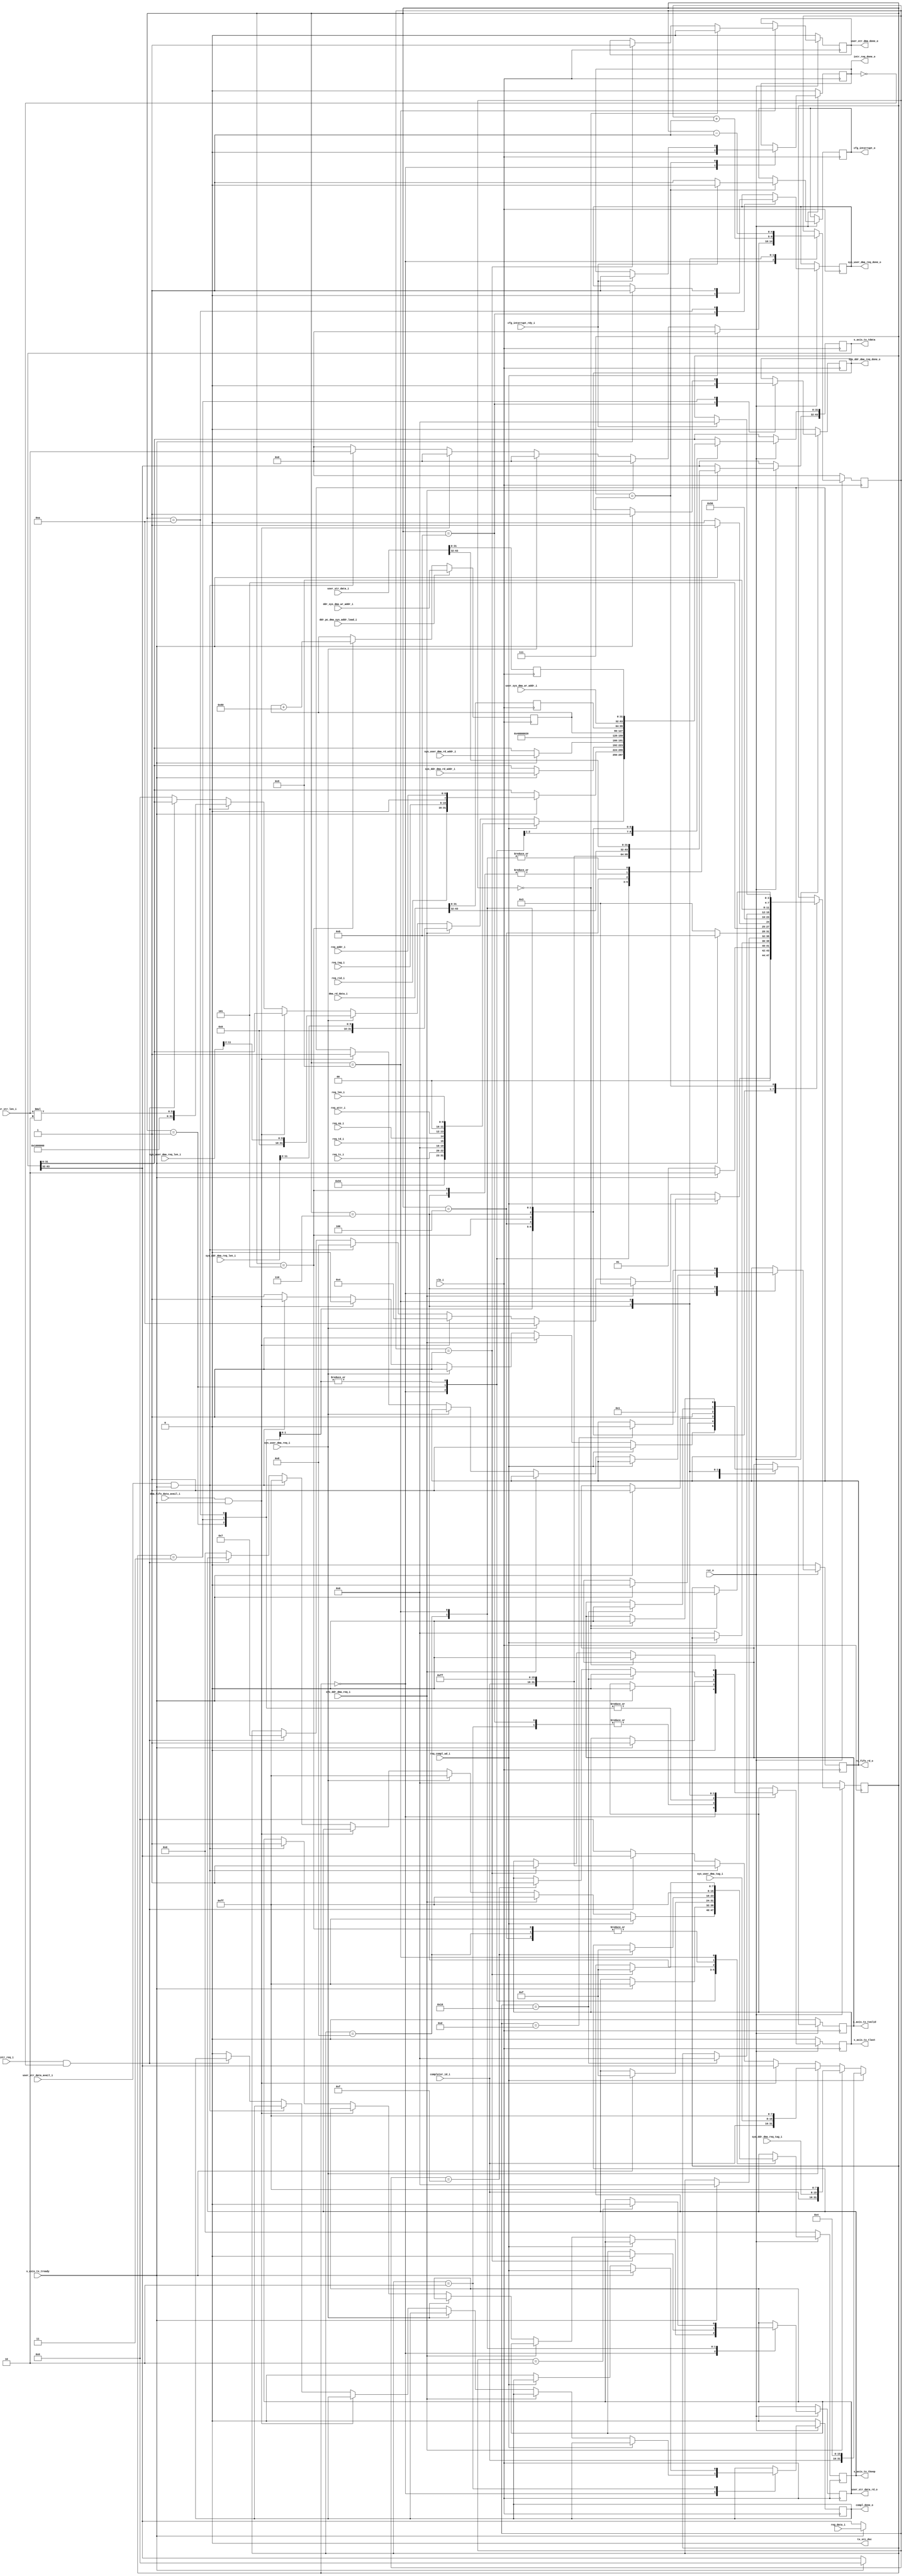
//--------------------------------------------------------------------------------
// Project    : SWITCH
// Version    : 0.1
//
// Description: 64 bit PCIe transaction layer transmit unit
//
//--------------------------------------------------------------------------------

`timescale 1ns/1ns

module tx_engine    #(
  // TX interface data width
  parameter C_DATA_WIDTH = 64,
  parameter KEEP_WIDTH = C_DATA_WIDTH / 8
)(

  input                           clk_i,
  input                           rst_n,

  // AXIS
  input                           s_axis_tx_tready,
  output  reg [C_DATA_WIDTH-1:0]  s_axis_tx_tdata,
  output  reg [KEEP_WIDTH-1:0]    s_axis_tx_tkeep,
  output  reg                     s_axis_tx_tlast,
  output  reg                     s_axis_tx_tvalid,
  output                          tx_src_dsc,
  //Rx engine
  input                           req_compl_wd_i,
  output reg                      compl_done_o,
  input [2:0]                     req_tc_i,
  input                           req_td_i,
  input                           req_ep_i,
  input [1:0]                     req_attr_i,
  input [9:0]                     req_len_i,
  input [15:0]                    req_rid_i,
  input [7:0]                     req_tag_i,
  input [6:0]                     req_addr_i,
  input [15:0]                    completer_id_i,
  //Register set
  input [31:0]                    reg_data_i,
  input                           sys_ddr_dma_req_i,
  input [31:0]                    sys_ddr_dma_rd_addr_i,
  input [11:0]                    sys_ddr_dma_req_len_i,
  output reg                      sys_ddr_dma_req_done_o,
  input [7:0]                     sys_ddr_dma_req_tag_i, 
  input [31:0]                    ddr_sys_dma_wr_addr_i,

  input                           sys_user_dma_req_i,
  output reg                      sys_user_dma_req_done_o,
  input [11:0]                    sys_user_dma_req_len_i,
  input [31:0]                    sys_user_dma_rd_addr_i,
  input [7:0]                     sys_user_dma_tag_i,
  input                           ddr_pc_dma_sys_addr_load_i,
  //DMA transmit fifo (wr_df fifo)
  input [63:0]                    dma_rd_data_i,
  input                           dma_fifo_data_avail_i,
  output reg                      rd_fifo_rd_o,
  //User stream i/f
  input                           user_str_data_avail_i,
  output reg                      user_str_dma_done_o,
  input [31:0]                    user_sys_dma_wr_addr_i,
  output reg                      user_str_data_rd_o,
  input [63:0]                    user_str_data_i,
  input [4:0]                     user_str_len_i,
  //interrupt
  input                           intr_req_i,
  output reg                      intr_req_done_o,
  output reg                      cfg_interrupt_o,
  input                           cfg_interrupt_rdy_i
);

   // State Machine state declaration
    localparam IDLE         = 'd0,
               SEND_DATA    = 'd1,
               SEND_ACK_CPLD= 'd2,
               SEND_DMA_REQ = 'd3,
               WR_HD1       = 'd4,
               WR_HD2       = 'd5,
               WR_DATA      = 'd6,
               REQ_INTR     = 'd7,
               WR_UH        = 'd8,
               WR_USR_DATA  = 'd9,
               USER_DMA_REQ = 'd10,
               SEND_ACK_DMA = 'd11;


    // TLP packet type encoding
    localparam  MEM_RD = 7'b0000000,
               MEM_WR = 7'b1000000,
               CPLD   = 7'b1001010;

    reg [3:0]      state;
    reg [31:0]     rd_data_p;
    reg [31:0]     user_rd_data_p;
    reg [4:0]      wr_cntr;
    reg [31:0]     ddr_sys_dma_mem_addr;
    reg [31:0]     user1_sys_dma_mem_addr;
    reg [31:0]     user2_sys_dma_mem_addr;
    wire [5:0]     user_wr_len;

    // Unused discontinue
    assign tx_src_dsc = 1'b0;
    assign user_wr_len = user_str_len_i*2;

    //Load the system memory address when a new fpga to DMA transfer starts.
    //Increment the address until the complete DMA transfer is over.
    always @(posedge clk_i)
    begin
        if(ddr_pc_dma_sys_addr_load_i)
           ddr_sys_dma_mem_addr <= ddr_sys_dma_wr_addr_i;
        else if(state == WR_HD2)
           ddr_sys_dma_mem_addr <= ddr_sys_dma_mem_addr + 128;  
    end

    //Delay the data read from the transmit fifo for 64byte packing.
    always@(posedge clk_i)
    begin
        rd_data_p         <= dma_rd_data_i[31:0];
        user_rd_data_p    <= user_str_data_i[31:0];
    end

    //The transmit state machine
    always @ ( posedge clk_i ) 
    begin
        if (!rst_n ) 
        begin
           s_axis_tx_tlast   <= 1'b0;
           s_axis_tx_tvalid  <= 1'b0;
           s_axis_tx_tkeep   <= {KEEP_WIDTH{1'b0}};
           compl_done_o      <= 1'b0;
           sys_ddr_dma_req_done_o    <= 1'b0;
           wr_cntr           <= 0;
           intr_req_done_o   <=  1'b0;
           user_str_data_rd_o <= 1'b0;
           state             <= IDLE;
           user_str_dma_done_o <= 1'b0;
			  rd_fifo_rd_o <=  1'b0;
        end 
        else 
        begin
            case (state)
                IDLE : begin
                    s_axis_tx_tlast  <= 1'b0;
                    s_axis_tx_tvalid <= 1'b0;
                    intr_req_done_o  <=  1'b0;
                    wr_cntr <= 0;
                    if (req_compl_wd_i)                                //If completion request from Rx engine
                    begin
                        s_axis_tx_tlast  <= 1'b0;
                        s_axis_tx_tvalid <= 1'b1;
                        // Swap DWORDS for AXI
                        s_axis_tx_tdata  <= {                           // Bits
                                              completer_id_i,           // 16
                                              {3'b0},                   // 3
                                              {1'b0},                   // 1
                                              {12'd4},                  // 12
                                              {1'b0},                   // 1
                                              CPLD,                     // 7
                                              {1'b0},                   // 1
                                              req_tc_i,                 // 3
                                              {4'b0},                   // 4
                                              req_td_i,                 // 1
                                              req_ep_i,                 // 1
                                              req_attr_i,               // 2
                                              {2'b0},                   // 2
                                              req_len_i                 // 10
                                              };
                        s_axis_tx_tkeep   <=  8'hFF;
                        state             <= SEND_DATA;
                    end   
                    else if(sys_ddr_dma_req_i)                                 //If system memory DMA read request from control register
                    begin
                      s_axis_tx_tlast  <= 1'b0;
                      s_axis_tx_tvalid <= 1'b1;
                      s_axis_tx_tdata  <= {                         // Bits
                                            completer_id_i,           // 16
                                            sys_ddr_dma_req_tag_i,    // 8 tag
                                            {4'b1111},                // 4
                                            {4'b1111},                // 4
                                            {1'b0},                   // 1
                                            MEM_RD,                   // 7
                                            {1'b0},                   // 1
                                            {3'b0},                   // 3
                                            {4'b0},                   // 4
                                            1'b0,                     // 1
                                            1'b0,                     // 1
                                            {2'b0},                   // 2
                                            {2'b0},                   // 2
                                            sys_ddr_dma_req_len_i[11:2]        // 10
                                            };
                        s_axis_tx_tkeep   <=  8'hFF;
                        state             <= SEND_DMA_REQ;
                    end 
                    else if(sys_user_dma_req_i)                                 //If system memory DMA read request from control register
                    begin
                        s_axis_tx_tlast  <= 1'b0;
                        s_axis_tx_tvalid <= 1'b1;
                        s_axis_tx_tdata  <= {                         // Bits
                                            completer_id_i,           // 16
                                            sys_user_dma_tag_i,       // 8 tag
                                            {4'b1111},                // 4
                                            {4'b1111},                // 4
                                            {1'b0},                   // 1
                                            MEM_RD,                   // 7
                                            {1'b0},                   // 1
                                            {3'b0},                   // 3
                                            {4'b0},                   // 4
                                            1'b0,                     // 1
                                            1'b0,                     // 1
                                            {2'b0},                   // 2
                                            {2'b0},                   // 2
                                            sys_user_dma_req_len_i[11:2]        // 10
                                            };
                        s_axis_tx_tkeep   <=  8'hFF;
                        state             <= USER_DMA_REQ;
                    end 
                    else if(dma_fifo_data_avail_i & s_axis_tx_tready) //If data available in the transmit fifo corresponding to DMA write
                    begin                                             //to system memory. Make sure the Tx engine is ready to accept a TLP.
                        rd_fifo_rd_o <=  1'b1;
                        state        <=  WR_HD1;
                    end
                    else if(user_str_data_avail_i & s_axis_tx_tready)
                    begin
                        s_axis_tx_tvalid   <=  1'b1;
                        s_axis_tx_tdata    <=  {
                                                completer_id_i,//req id
                                                    8'h00,   //tag
                                                    8'hFF,   //BE
                                                    1'b0,    //res
                                                    MEM_WR,  //type
                                                    1'b0,    //r
                                                    3'b000,  //tc
                                                    4'b0000, //res
                                                    1'b0,    //td
                                                    1'b0,    //ep
                                                    2'b00,   //attr
                                                    2'b00,   //res
                                                    {4'h0,user_wr_len}//len. 128 bytes
                                                };
                        s_axis_tx_tkeep         <=  8'hFF;
                        state                   <=  WR_UH;
                        user_str_data_rd_o      <=  1'b1;
                        wr_cntr                 <=  user_str_len_i;
                    end
                    else if(intr_req_i & ~intr_req_done_o) //If there is interrupt request and no data in the transmit fifo
                        state       <=  REQ_INTR;
                    else 
                    begin
                        s_axis_tx_tlast   <= 1'b0;
                        s_axis_tx_tvalid  <= 1'b0;
                        s_axis_tx_tdata   <= 64'b0;
                        s_axis_tx_tkeep   <= 8'h00;
                        compl_done_o      <= 1'b0;
                    end
                end
                
                SEND_DATA : begin
                    if (s_axis_tx_tready) 
                    begin
                        s_axis_tx_tlast  <= 1'b1;
                        s_axis_tx_tvalid <= 1'b1;
                        // Swap DWORDS for AXI
                        s_axis_tx_tdata  <= {        // Bits
                                        reg_data_i,  // 32
                                        req_rid_i,  // 16
                                        req_tag_i,  //  8
                                        {1'b0},     //  1
                                        req_addr_i  //  7
                                        };
                        s_axis_tx_tkeep   <= 8'hFF;
                        state             <= SEND_ACK_CPLD;
                    end 
                    else
                        state             <= SEND_DATA;
                end
                
                SEND_ACK_CPLD:begin
                    if(~req_compl_wd_i)
                    begin
                        compl_done_o   <= 1'b0;
                        state          <= IDLE;
                    end
                    if (s_axis_tx_tready) 
                    begin
                        compl_done_o           <= req_compl_wd_i;
                        s_axis_tx_tlast        <= 1'b0;
                        s_axis_tx_tvalid       <= 1'b0;
                    end
                end
                 
                SEND_ACK_DMA:begin
                    sys_ddr_dma_req_done_o <= 1'b0;
                    sys_user_dma_req_done_o <= 1'b0;
                    if (s_axis_tx_tready) 
                    begin
                        s_axis_tx_tlast        <= 1'b0;
                        s_axis_tx_tvalid       <= 1'b0;
                        state                  <= IDLE;
                    end
                end
 
                SEND_DMA_REQ:begin
                    if (s_axis_tx_tready) 
                    begin
                        s_axis_tx_tlast  <= 1'b1;
                        s_axis_tx_tvalid <= 1'b1;
                        s_axis_tx_tdata  <= {32'h00000000,sys_ddr_dma_rd_addr_i};
                        s_axis_tx_tkeep  <= 8'h0F;
                        state            <= SEND_ACK_DMA;
                        sys_ddr_dma_req_done_o <= 1'b1;
                    end
                    else
                        state            <= SEND_DMA_REQ;
                end

                USER_DMA_REQ:begin
                    if (s_axis_tx_tready) 
                    begin
                        s_axis_tx_tlast  <= 1'b1;
                        s_axis_tx_tvalid <= 1'b1;
                        s_axis_tx_tdata  <= {32'h00000000,sys_user_dma_rd_addr_i};
                        s_axis_tx_tkeep  <= 8'h0F;
                        state            <= SEND_ACK_DMA;
                        sys_user_dma_req_done_o <= 1'b1;
                    end
                    else
                        state            <= USER_DMA_REQ;
                    end
                WR_HD1:begin
                    s_axis_tx_tvalid        <=  1'b1;
                    s_axis_tx_tdata         <=  {
                                                completer_id_i,//req id
                                                8'h00,   //tag
                                                8'hFF,   //BE
                                                1'b0,    //res
                                                MEM_WR,  //type
                                                1'b0,    //r
                                                3'b000,  //tc
                                                4'b0000, //res
                                                1'b0,    //td
                                                1'b0,    //ep
                                                2'b00,   //attr
                                                2'b00,   //res
                                                10'd32	//len. 128 bytes    
                                                };
                    s_axis_tx_tkeep         <=  8'hFF;
                    state                   <=  WR_HD2;
                end
                WR_HD2:begin
                    state                   <=  WR_DATA;
                    s_axis_tx_tdata[31:0]   <=  ddr_sys_dma_mem_addr;   //always 64 byte alighed address
                    s_axis_tx_tdata[63:32]  <=  dma_rd_data_i[63:32];
                    s_axis_tx_tkeep         <=  8'hFF;
                end
                WR_DATA:begin
                    if(wr_cntr == 13)
                        rd_fifo_rd_o    <=    1'b0;
                    if(wr_cntr == 15)
                    begin
                        s_axis_tx_tlast <=    1'b1;
                        s_axis_tx_tkeep <=    8'h0F;
                    end
                    if(wr_cntr == 16) //simply wait for tready to change status.
                    begin
                       state            <=    IDLE;
                       s_axis_tx_tlast  <=    1'b0;
                       s_axis_tx_tvalid <=    1'b0;
                    end
                    wr_cntr             <=    wr_cntr + 1'b1;
                    s_axis_tx_tdata     <=    {dma_rd_data_i[63:32],rd_data_p};
                end
                WR_UH:begin
                    state                   <=  WR_USR_DATA;
                    s_axis_tx_tdata[31:0]   <=  user_sys_dma_wr_addr_i;   //always 64 byte alighed address
                    s_axis_tx_tdata[63:32]  <=  user_str_data_i[63:32];
                    s_axis_tx_tkeep         <=  8'hFF;
                    if(wr_cntr==1)
                    begin
                        user_str_data_rd_o    <=    1'b0;
                    end
                end 
                WR_USR_DATA:begin
                    if(wr_cntr == 2)
                        user_str_data_rd_o    <=    1'b0;
                    if(wr_cntr == 1)
                    begin
                        s_axis_tx_tlast     <= 1'b1;
                        s_axis_tx_tkeep     <= 8'h0F; 
                        user_str_dma_done_o <= 1'b1;
                    end  
                    if(wr_cntr == 0) //simply wait for tready to change status.
                    begin
                       state            <=    IDLE;
                       s_axis_tx_tlast  <=    1'b0;
                       s_axis_tx_tvalid <=    1'b0;
                       user_str_dma_done_o <= 1'b0;
                    end
                    wr_cntr             <=    wr_cntr - 1'b1;
                    s_axis_tx_tdata     <=    {user_str_data_i[63:32],user_rd_data_p};
                end 
                REQ_INTR:begin        //Send interrupt through PCIe interrupt port
                    cfg_interrupt_o <= 1'b1;
                    if(cfg_interrupt_rdy_i)
                    begin
                        cfg_interrupt_o <= 1'b0;
                        state           <= IDLE;
                        intr_req_done_o <= 1'b1;
                    end
                end
            endcase
        end
    end

endmodule